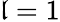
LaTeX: \mathfrak{l}=1